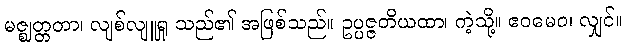
မဇ္ဈတ္တတာ၊ လျစ်လျူရှု သည်၏ အဖြစ်သည်။ ဥပ္ပဇ္ဇတိယထာ၊ ကဲ့သို့။ ဧဝမေဝ၊ လျှင်။